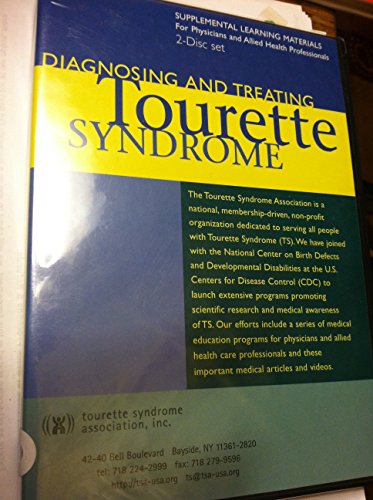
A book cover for Diagnosing and Treating Tourette Syndrome (2-Disc Set CD & DVD); Tourette Syndrome Association; Health, Fitness & Dieting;